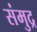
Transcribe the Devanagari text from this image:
संमुद्र